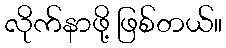
လိုက်နာဖို့ ဖြစ်တယ်။